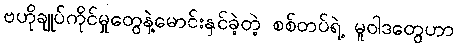
ဗဟိုချုပ်ကိုင်မှုတွေနဲ့မောင်းနှင်ခဲ့တဲ့ စစ်တပ်ရဲ့ မူဝါဒတွေဟာ